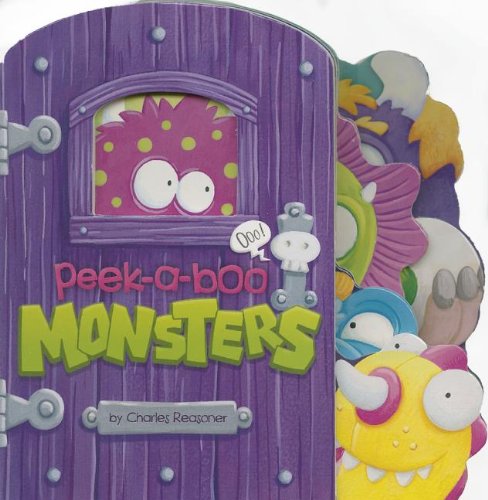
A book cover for Peek-a-Boo Monsters (Charles Reasoner Peek-a-Boo Books); Charles Reasoner; Children's Books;